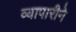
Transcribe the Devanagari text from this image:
व्यापारीने